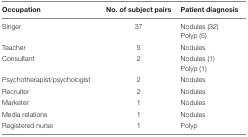
| Occupation | No. of subject pairs | Patient diagnosis |
 | --- | --- | --- |
 | Singer | 37 | Nodules (32)Polyp (5) |
 | Teacher | 5 | Nodules |
 | Consultant | 2 | Nodules (1)Polyp (1) |
 | Psychotherapist/psychologist | 2 | Nodules |
 | Recruiter | 2 | Nodules |
 | Marketer | 1 | Nodules |
 | Media relations | 1 | Nodules |
 | Registered nurse | 1 | Polyp |